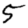
Digit: 5